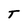
Character: T